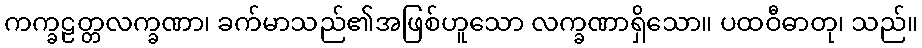
ကက္ခဠတ္တလက္ခဏာ၊ ခက်မာသည်၏အဖြစ်ဟူသော လက္ခဏာရှိသော။ ပထဝီဓာတု၊ သည်။